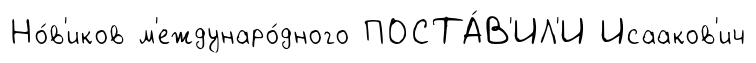
Но́в'иков м'еждунаро́дного ПОСТА́В'ИЛ'И Исааков'ич